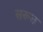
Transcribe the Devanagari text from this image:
सरूत